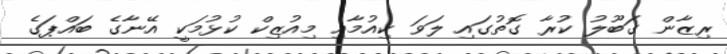
ރިޒާން ގަބޫލު ކުރާ ގޮތުގައި ލަވަ ކިއުމާއި މިއުޒިކް ކުޅުމަކީ އޭނާގެ ބައްޕަގެ